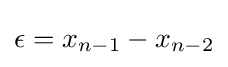
\epsilon =x_{n-1}-x_{n-2}